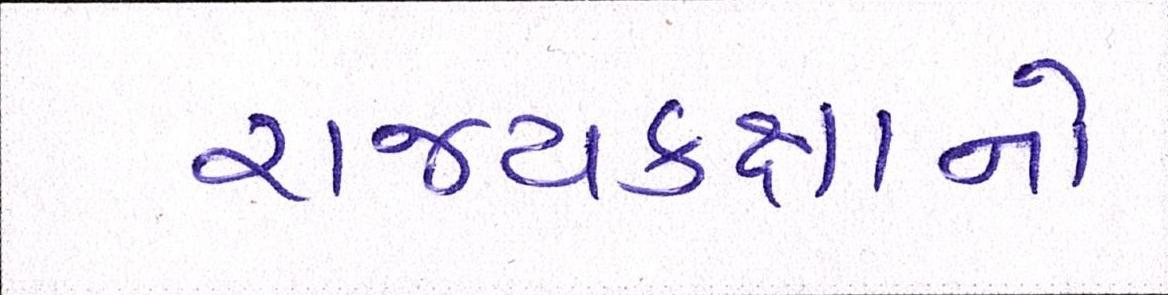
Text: રાજ્યકક્ષાનો